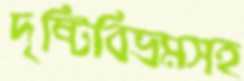
দৃষ্টিবিভ্রমসহ